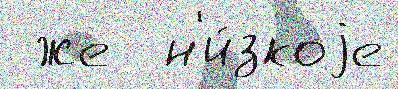
 же  н'и́зкоjе